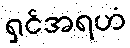
ရှင်အရဟံ